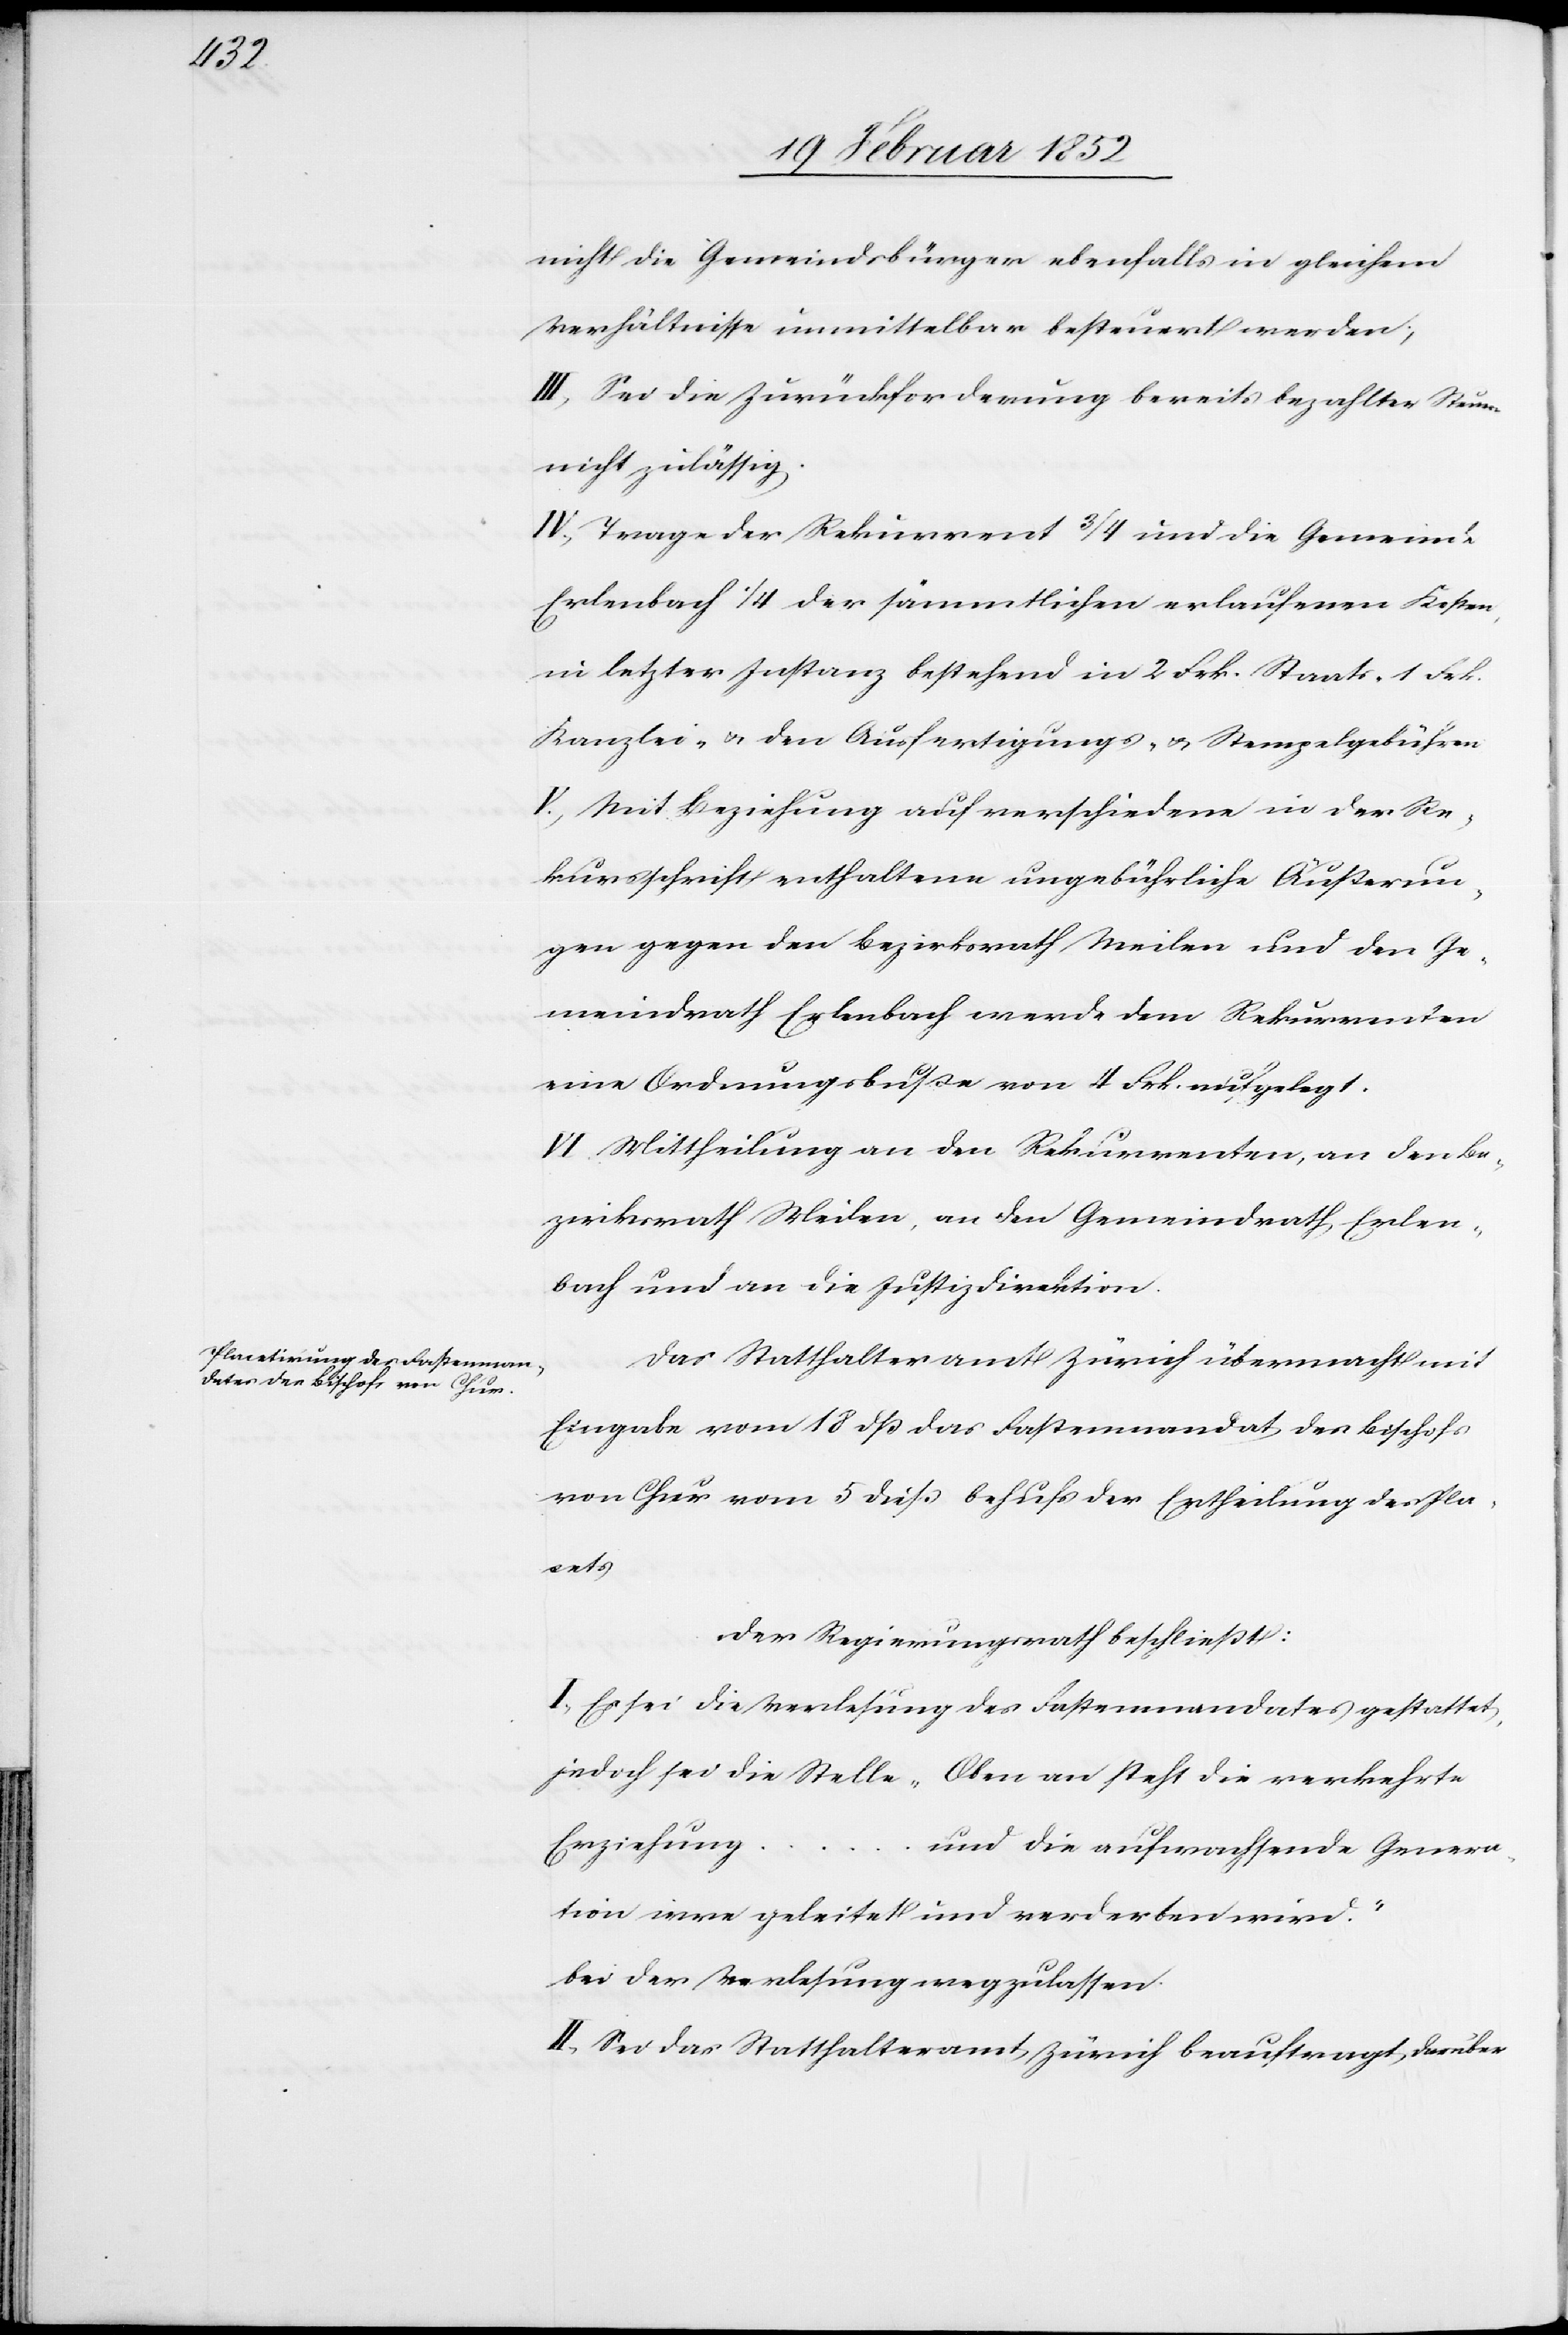
nicht die Gemeindsbürger ebenfalls in gleichem
Verhältnisse unmittelbar besteuert werden;
III) Sei die Zurückforderung bereits bezahlter Steuern
nicht zulässig.
IV.) Trage der Rekurrent 3/4 und die Gemeinde
Erlenbach 1/4 der sämmtlichen erlaufenen Kosten,
in letzter Instanz bestehend in 2 Frk. Staats- 1 Frk.
Kanzlei- u. den Ausfertigungs- u. Stempelgebühren.
V.) Mit Beziehung auf verschiedene in der Re¬
kursschrift enthaltene ungebührliche Äußerun¬
gen gegen den Bezirksrath Meilen und den Ge¬
meindrath Erlenbach werde dem Rekurrenten
eine Ordnungsbuße von 4 Frk. aufgelegt.
VI. Mittheilung an den Rekurrenten, an den Be¬
zirksrath Meilen, an den Gemeindrath Erlen¬
bach und an die Justizdirektion.
Das Statthalteramt Zürich übermacht mit
Eingabe vom 18 dß das Fastenmandat des Bischofs
von Chur vom 5 dieß behufs der Ertheilung des Pla¬
cets.
Der Regierungsrath beschließt:
I.) Es sei die Verlesung des Fastenmandates gestattet,
jedoch sei die Stelle „Oben an steht die verkehrte
Erziehung
und die aufwachsende Genera¬
tion irre geleitet und verdorben wird.“
bei der Verlesung wegzulassen.
II.) Sei das Statthalteramt Zürich beauftragt, darüber